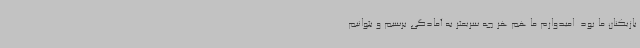
بازیکنان ما بود. امیدوارم ما هم هر چه سریعتر به آمادگی برسیم و بتوانیم